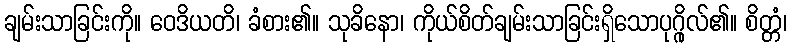
ချမ်းသာခြင်းကို။ ဝေဒိယတိ၊ ခံစား၏။ သုခိနော၊ ကိုယ်စိတ်ချမ်းသာခြင်းရှိသောပုဂ္ဂိုလ်၏။ စိတ္တံ၊